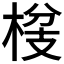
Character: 𮲴